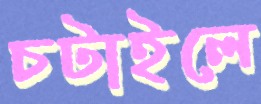
চটাইলে